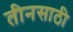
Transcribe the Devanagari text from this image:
तीनसाठी